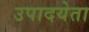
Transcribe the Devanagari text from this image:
उपादयेता